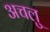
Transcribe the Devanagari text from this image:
अचलु